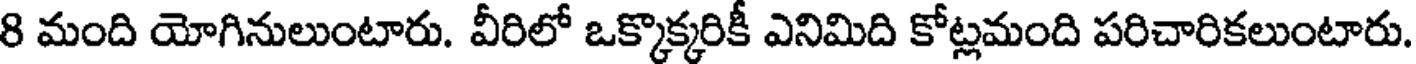
8 మంది యోగినులుంటారు. వీరిలో ఒక్కొక్కరికీ ఎనిమిది కోట్లమంది పరిచారికలుంటారు